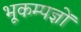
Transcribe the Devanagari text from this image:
भूकम्पज्ञों